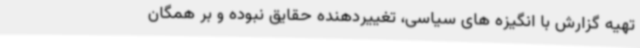
تهیه گزارش با انگیزه های سیاسی، تغییردهنده حقایق نبوده و بر همگان